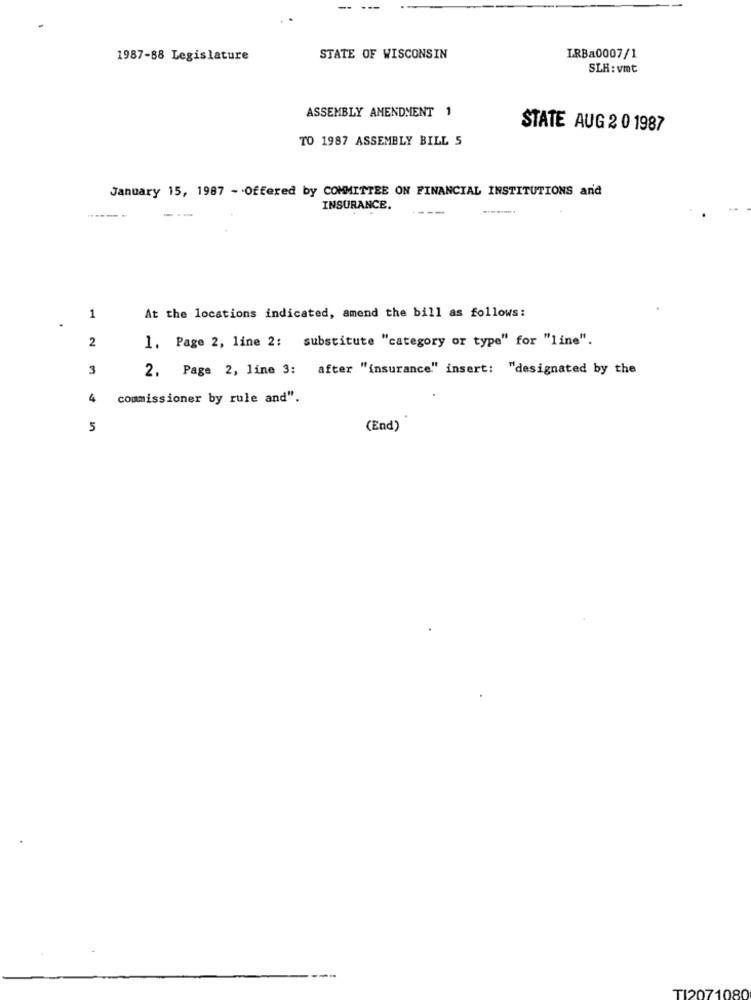
1987-88 Legislature
STATE OF WISCONSIN
IRBa0007/1
SLR: vmt
ASSEMBLY AMENDMENT 1
STATE AUG 2 0 1987
TO 1987 ASSEMBLY BILL 5
January 15, 1987 - Offered by COMMITTEE ON FINANCIAL INSTITUTIONS and
INSURANCE.
---
1
At the locations indicated, amend the bill as follows:
2
1. Page 2, line 2: substitute "category or type" for "line".
3
2. Page 2, line 3: after "insurance" insert: "designated by the
4
commissioner by rule and".
5
(End)
080
TI2071